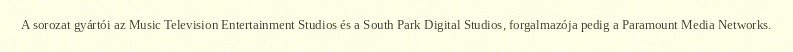
A sorozat gyártói az Music Television Entertainment Studios és a South Park Digital Studios, forgalmazója pedig a Paramount Media Networks.